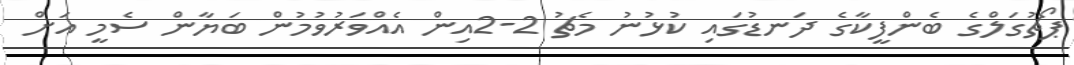
ޕޯޗުގަލްގެ ބެންފީކާގެ ދަނޑުގައި ކުޅުނު މެޗު 2-2އިން އެއްވަރުވުމުން ބަޔާން ސެމީ އަށް